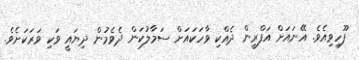
ފޫހިވިއެވެ. އޭނައަށް އަފްރީން ދެއްކި ވާހަކައަށް ސަމާލުކަން ދެވެމުން ދިޔައީ ވަކި ވަރަކަށެވެ.